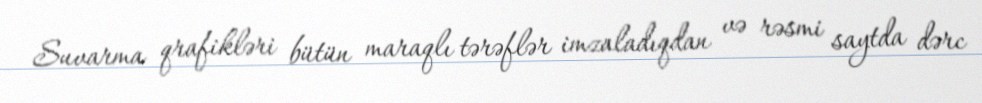
Suvarma qrafikləri bütün maraqlı tərəflər imzaladıqdan və rəsmi saytda dərc